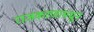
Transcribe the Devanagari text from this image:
राजकरणामधून